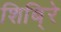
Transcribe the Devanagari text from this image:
शिबि्रे